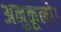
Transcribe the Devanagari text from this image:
अनुकूलो।